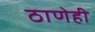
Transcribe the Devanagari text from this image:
ठाणेही